Annual vaccination report of Bihar and Orissa - 1911-1928
Year: 1911
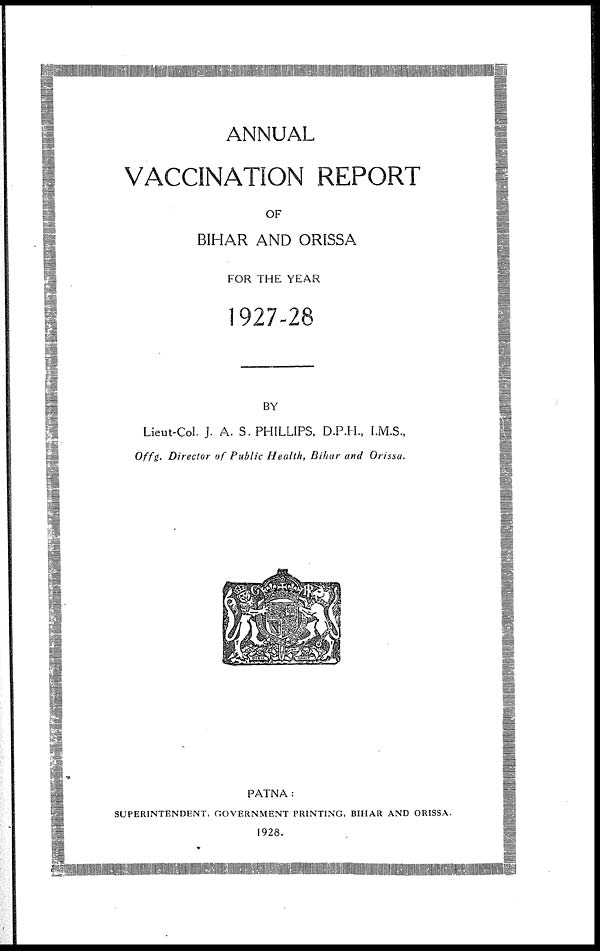
ANNUAL
VACCINATION REPORT
OF
BIHAR AND ORISSA
FOR THE YEAR
1927-28
BY
Lieut-Col. J. A. S.PHILLIPS, D.P.H., I.M.S.,
Offg. Director of Public Health, Bihar and Orissa.
PATNA:
SUPERINTENDENT, GOVERNMENT PRINTING, BIHAR AND ORISSA.
1928.